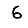
Digit: 6